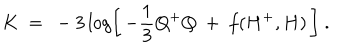
K \ = \ - 3 \log \left[ \, - \frac { 1 } { 3 } Q ^ { + } Q \ + \ f ( H ^ { + } , H ) \, \right] \ .